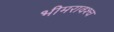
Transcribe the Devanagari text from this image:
भीमरावश्च